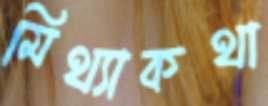
মিথ্যাকথা